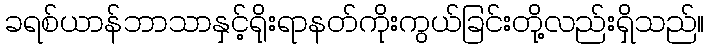
ခရစ်ယာန်ဘာသာနှင့်ရိုးရာနတ်ကိုးကွယ်ခြင်းတို့လည်းရှိသည်။